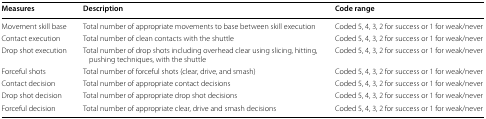
<table><thead><tr><td><b>Measures</b></td><td><b>Description</b></td><td><b>Code range</b></td></tr></thead><tbody><tr><td>Movement skill base</td><td>Total number of appropriate movements to base between skill execution</td><td>Coded 5, 4, 3, 2 for success or 1 for weak/never</td></tr><tr><td>Contact execution</td><td>Total number of clean contacts with the shuttle</td><td>Coded 5, 4, 3, 2 for success or 1 for weak/never</td></tr><tr><td>Drop shot execution</td><td>Total number of drop shots including overhead clear using slicing, hitting, pushing techniques, with the shuttle</td><td>Coded 5, 4, 3, 2 for success or 1 for weak/never</td></tr><tr><td>Forceful shots</td><td>Total number of forceful shots (clear, drive, and smash)</td><td>Coded 5, 4, 3, 2 for success or 1 for weak/never</td></tr><tr><td>Contact decision</td><td>Total number of appropriate contact decisions</td><td>Coded 5, 4, 3, 2 for success or 1 for weak/never</td></tr><tr><td>Drop shot decision</td><td>Total number of appropriate drop shot decisions</td><td>Coded 5, 4, 3, 2 for success or 1 for weak/never</td></tr><tr><td>Forceful decision</td><td>Total number of appropriate clear, drive and smash decisions</td><td>Coded 5, 4, 3, 2 for success or 1 for weak/never</td></tr></tbody></table>